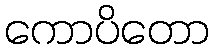
ကောပိတော